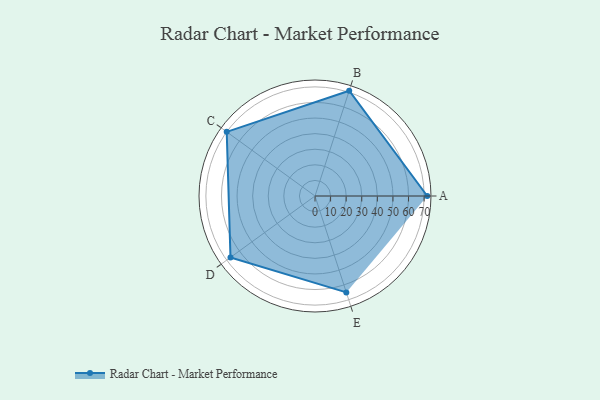
{"axis": {"x": "Skill", "y": "Score"}, "legend": ["Profile"], "data": [{"x": "A", "y": 72.0, "type": "Profile"}, {"x": "B", "y": 71.0, "type": "Profile"}, {"x": "C", "y": 70.0, "type": "Profile"}, {"x": "D", "y": 67.0, "type": "Profile"}, {"x": "E", "y": 65.0, "type": "Profile"}]}